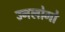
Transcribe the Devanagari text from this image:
उनलोगो